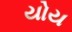
યોય